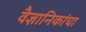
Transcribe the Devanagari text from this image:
वैज्ञानिकांचा